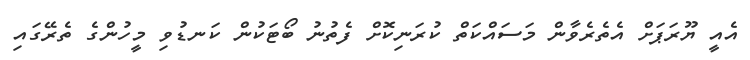
އެއީ ޔޫރަޕަށް އެތެރެވާން މަސައްކަތް ކުރަނިކޮށް ފެތުނު ބޯޓަކުން ކަނޑުވި މީހުންގެ ތެރޭގައި